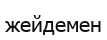
жейдемен